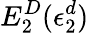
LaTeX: E_{2}^{D}(\epsilon_{2}^{d})